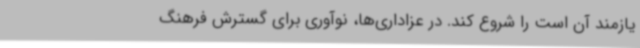
یازمند آن است را شروع کند. در عزاداری‌ها، نوآوری برای گسترش فرهنگ